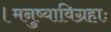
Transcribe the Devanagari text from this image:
।मनुष्याविग्रहाः